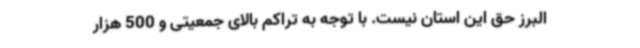
البرز حق این استان نیست. با توجه به تراکم بالای جمعیتی و 500 هزار